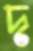
দ